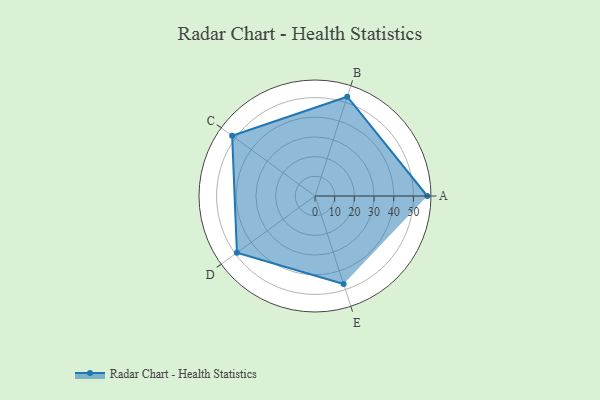
{"axis": {"x": "Skill", "y": "Score"}, "legend": ["Profile"], "data": [{"x": "A", "y": 57.0, "type": "Profile"}, {"x": "B", "y": 53.0, "type": "Profile"}, {"x": "C", "y": 52.0, "type": "Profile"}, {"x": "D", "y": 49.0, "type": "Profile"}, {"x": "E", "y": 47.0, "type": "Profile"}]}